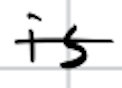
Text: is
Cross-out: single-line
Writing tool: digital_black